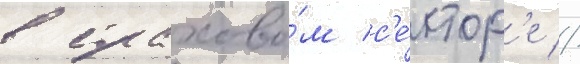
в страхово́м с'е́ктор'е //